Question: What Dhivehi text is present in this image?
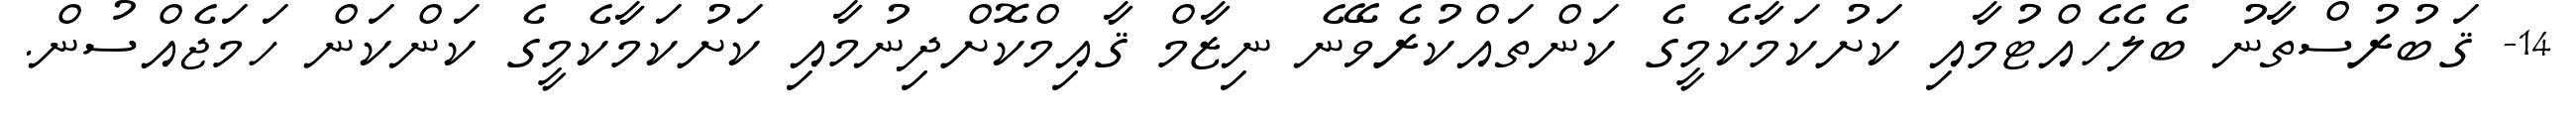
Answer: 14- ޤަބުރުސްތާނު ބެލެހެއްޓުމާއި ކަށުކަމާކެމީގެ ކަންތައްކުރެވޭނެ ނިޒާމް ޤާއިމްކޮށްދިނުމާއި ކަށުކަމާކެމީގެ ކަންކަން ހަމަޖެއްސުން.